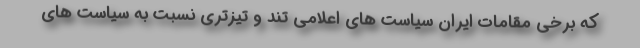
که برخی مقامات ایران سیاست های اعلامی تند و تیزتری نسبت به سیاست های